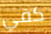
كفي